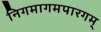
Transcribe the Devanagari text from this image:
निगमागमपारगम्